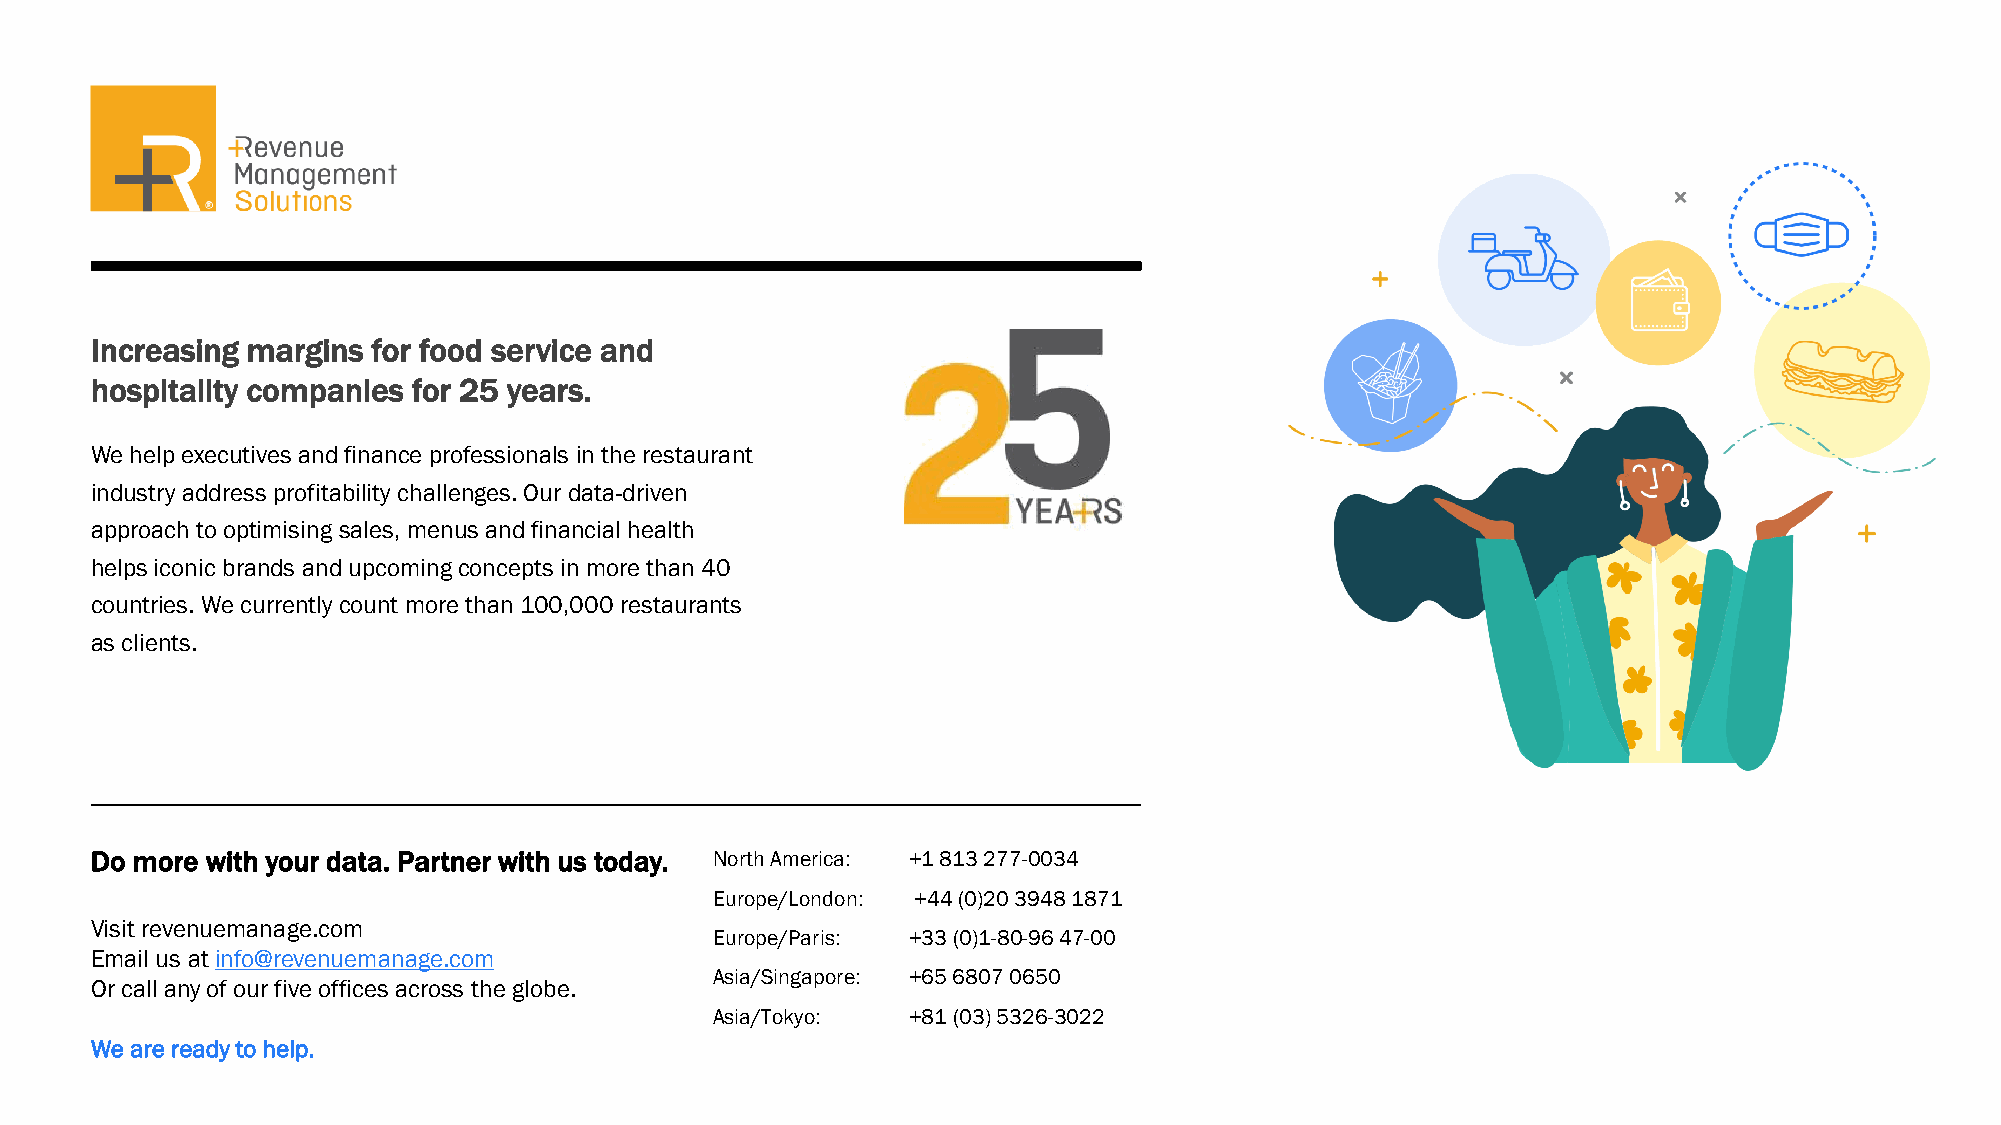
Increasing margins for food service and
 hospitality companies for 25 years.
 We help executives and finance professionals in the restaurant
 industry address profitability challenges. Our data-driven
 approach to optimising sales, menus and financial health
 helps iconic brands and upcoming concepts in more than 40
 countries. We currently count more than 100,000 restaurants
 as clients.
 Do more with your data. Partner with us today. North America: +1 813 277-0034
 Europe/London: +44 (0)20 3948 1871
 Visit revenuemanage.com
 Europe/Paris: +33 (0)1-80-96 47-00
 Email us at info@revenuemanage.com
 Asia/Singapore: +65 6807 0650
 Or call any of our five offices across the globe.
 Asia/Tokyo:  +81 (03) 5326-3022
 We are ready to help.